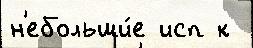
н'ебольши́е исп к